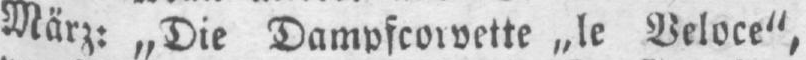
März: „Die Dampfcorvette „le Veloce”,